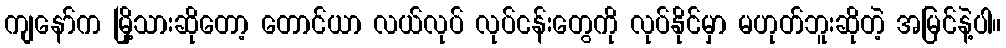
ကျနော်က မြို့သားဆိုတော့ တောင်ယာ လယ်လုပ် လုပ်ငန်းတွေကို လုပ်နိုင်မှာ မဟုတ်ဘူးဆိုတဲ့ အမြင်နဲ့ပါ။